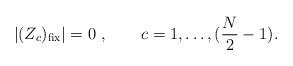
LaTeX: \begin{align*}|(Z_c )_{\rm fix} | =0\ , \qquad c = 1, \dots ,({N\over 2}-1).\end{align*}